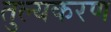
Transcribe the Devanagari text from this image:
तुल्यकरण